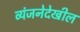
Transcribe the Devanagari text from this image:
व्यंजनेदेखील